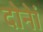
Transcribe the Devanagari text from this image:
दोनेां